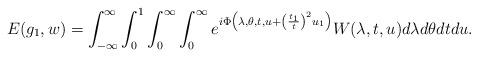
LaTeX: \begin{align*} E(g_1, w) = \int_{-\infty}^\infty \int_0^1 \int_0^\infty\int_0^\infty e^{i \Phi\left(\lambda, \theta, t, u + \left(\frac{t_1}{t} \right)^2 u_1\right)}W(\lambda, t, u) d\lambda d\theta dt du.\end{align*}